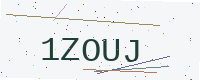
Text: 1ZOUJ